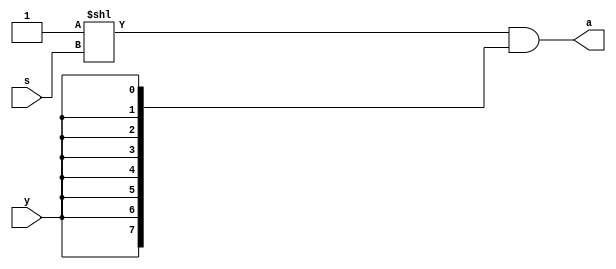
// a 1-to-8 demultiplexer
module demux1to8 (s, y, a);

	input	[3:0] s;
	input		  y;
	output	[7:0] a;
	
	assign a = (1 << s) & {8{y}};	// the value of (2^s)th bit = y;

endmodule